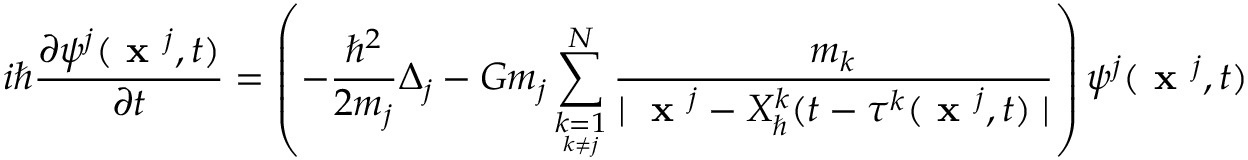
i \hbar \frac { \partial \psi ^ { j } ( \textbf { x } ^ { j } , t ) } { \partial t } = \left( - \frac { \hbar ^ { 2 } } { 2 m _ { j } } \Delta _ { j } - G m _ { j } \sum _ { \underset { k \neq j } { k = 1 } } ^ { N } \frac { m _ { k } } { \mid \textbf { x } ^ { j } - X _ { \hbar } ^ { k } ( t - \tau ^ { k } ( \textbf { x } ^ { j } , t ) \mid } \right) \psi ^ { j } ( \textbf { x } ^ { j } , t )